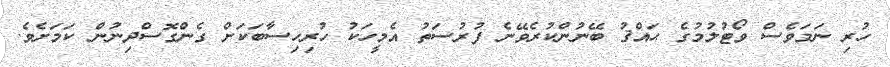
ހުރި ނަމަވެސް ވޯޓުލުމުގެ ޙައްޤު ބޭނުންކުރެވޭނެ ފުރުސަތު އެމީހަކު ހުރިހިސާބަކަށް ގެންގޮސްދިނުން ކަމަށެވެ.